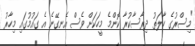
"މިސްރުގެ ހާލަތު ދިރާސާކުރާ ކޮންމެ މީހަކަށް ވެސް އެނގޭނެ އެ ގައުމުގައި މިހާރު